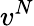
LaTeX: v^{N}